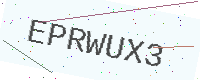
Text: EPRWUX3